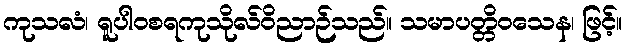
ကုသလံ၊ ရူပါဝစရကုသိုလ်ဝိညာဉ်သည်။ သမာပတ္တိဝသေန၊ ဖြင့်။